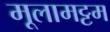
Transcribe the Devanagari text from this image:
मूलामट्टम